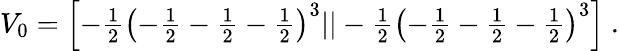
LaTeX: V_{0}=\textstyle{\left[-{\frac{1}{2}}\left(-{\frac{1}{2}}-{\frac{1}{2}}-{\frac{1}{2}}\right)^{3}||-{\frac{1}{2}}\left(-{\frac{1}{2}}-{\frac{1}{2}}-{\frac{1}{2}}\right)^{3}\right]}~.